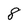
Character: 8